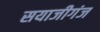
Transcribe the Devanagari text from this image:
सयाजीगंज